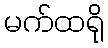
မက်ထရို